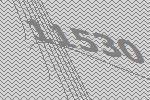
11530